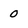
Character: 0